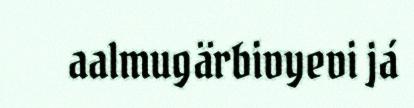
aalmugärbivyevi já